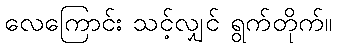
လေကြောင်း သင့်လျှင် ရွက်တိုက်။